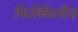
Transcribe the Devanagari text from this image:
फिलिकेलीज